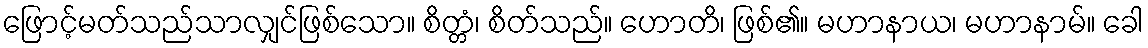
ဖြောင့်မတ်သည်သာလျှင်ဖြစ်သော။ စိတ္တံ၊ စိတ်သည်။ ဟောတိ၊ ဖြစ်၏။ မဟာနာယ၊ မဟာနာမ်။ ခေါ